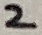
Text: 2